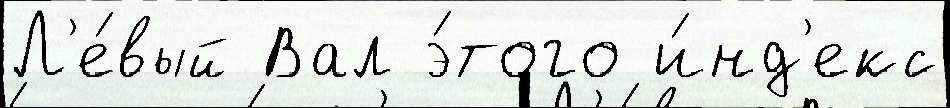
Л'е́вый Вал э́того и́нд'екс